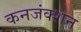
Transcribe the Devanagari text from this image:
कनजंक्शन